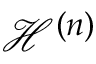
\mathcal { H } ^ { ( n ) }